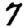
Digit: 7